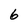
Character: 6